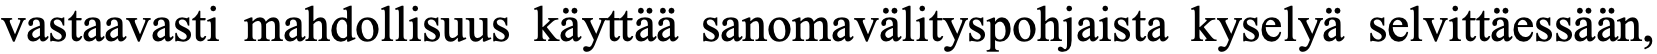
vastaavasti mahdollisuus käyttää sanomavälityspohjaista kyselyä selvittäessään,